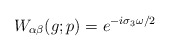
\begin{align*}W_{\alpha \beta} (g;p) = e^{-i \sigma_3 \omega /2} \end{align*}